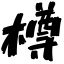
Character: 樽